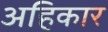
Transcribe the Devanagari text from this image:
अहिकार